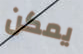
يمكن